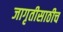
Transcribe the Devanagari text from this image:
जागृतीसाठीच